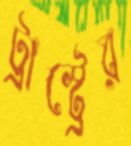
ট্রাস্ট্রের